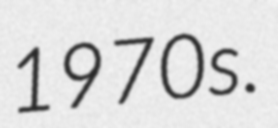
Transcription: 1970s.